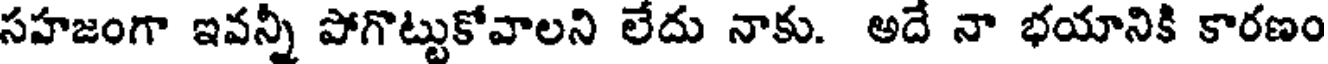
సహజంగా ఇవన్నీ పోగొట్టుకోవాలని లేదు నాకు. అదే నా భయానికి కారణం